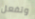
وتفعل